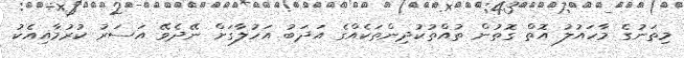
މިތަނުގެ މާހައުލު އޮތް ގޮތުން ތުއްތުކުދިންތަކެއްގެ އަދަބު އަހުލާގަށް ނޭދެވޭ އަސަރު ކުރުމާއިއެކު